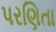
પરણિતા